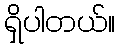
ရှိပါတယ်။